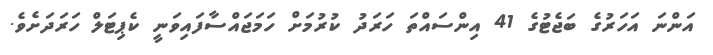
އަންނަ އަހަރުގެ ބަޖެޓުގެ 41 އިންސައްތަ ހަރަދު ކުރުމަށް ހަމަޖައްސާފައިވަނީ ކެޕިޓަލް ހަރަދަށެެވެ.